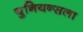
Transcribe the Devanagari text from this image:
युनियन्सला